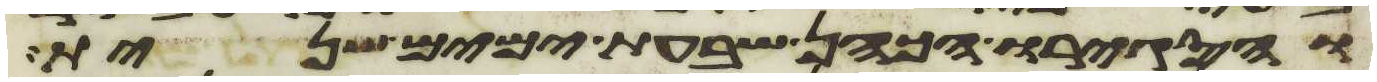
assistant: והסגירו הכהן שבעת ימים שנית